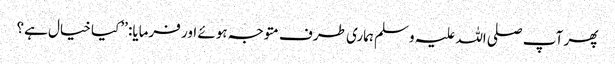
پھر آپ صلی اللہ علیہ وسلم ہماری طرف متوجہ ہوئے اور فرمایا: ’’کیا خیال ہے؟